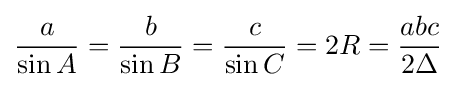
{\frac {a}{\sin A}}={\frac {b}{\sin B}}={\frac {c}{\sin C}}=2R={\frac {abc}{2\Delta }}